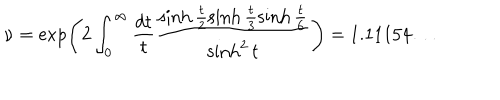
LaTeX: \nu = \exp \left( 2 \int _ { 0 } ^ { \infty } \frac { d t } { t } \frac { \sinh \frac { t } { 2 } \sinh \frac { t } { 3 } \sinh \frac { t } { 6 } } { \sinh ^ { 2 } t } \right) = 1 . 1 1 1 5 4 \ldots